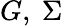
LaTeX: G,\ \Sigma